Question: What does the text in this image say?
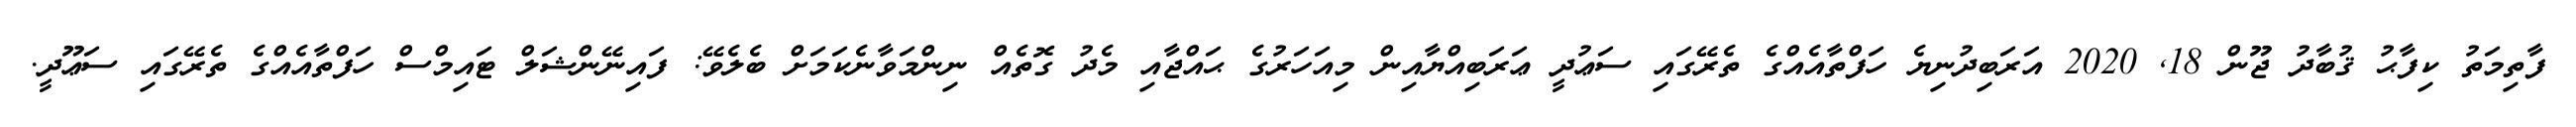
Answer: ފާތިމަތު ކިފާޙު ޤުބާދު ޖޫން 18, 2020 އަރަބިދުނިޔެ ހަފްތާއެއްގެ ތެރޭގައި ސަޢުދީ ޢަރަބިއްޔާއިން މިއަހަރުގެ ޙައްޖާއި މެދު ގޮތެއް ނިންމަވާނެކަމަށް ބެލެވޭ: ފައިނޭންޝަލް ޓައިމްސް ހަފްތާއެއްގެ ތެރޭގައި ސަޢޫދީ.